Annual report of the Bengal Veterinary College and of the Civil Veterinary Department, Bengal, for the year 1899-1900 - 1899-1900
Year: 1899
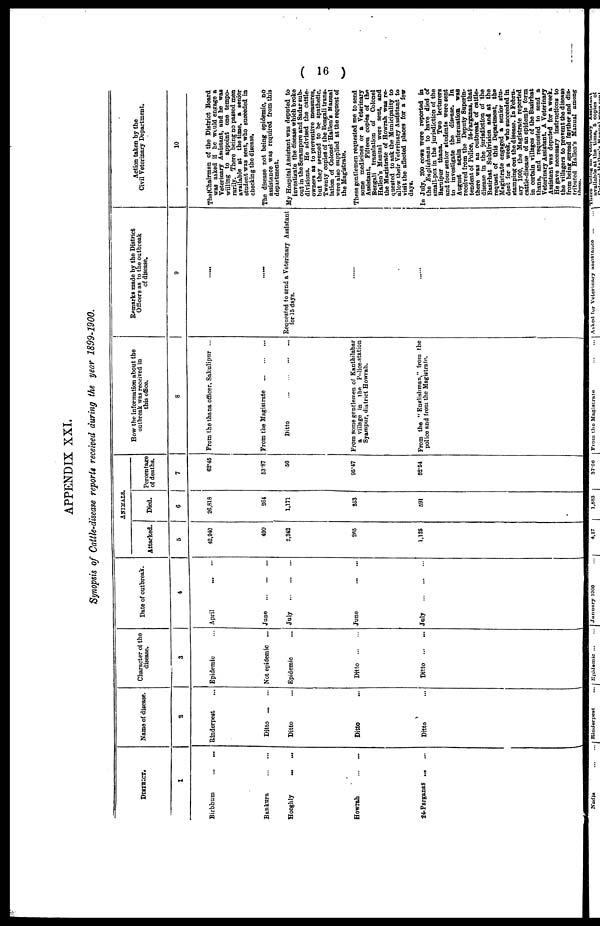
( 16 )
APPENDIX XXI.
Synopsis of Cattle-disease reports received during the year 1899-1900.
District.
1
Name of disease.
Character of the
disease.
Date of outbreak.
2
3
4
Animals.
Attacked.
5
Died.
6
Percentage
of deaths.
7
How the information about the
outbreak was received in
this office.
8
I
Remarks made by the District
Officers as to the outbreak
of disease.
9
l
Action taken by the
Civil Veterinary Department.
10
Birbhum ... ...
Rinderpest
...
Epidemic ...
April ... ...
42,940
26,818
62.45
From the thana officer, Sakulipur ...
The Chairman of the District Board
was asked if he would engage a
Veterinary Assistant, and he was
wiiling to appoint one tempo-
rarily. There being no passed men
available at the time, a senior
student was sent, who suceeded in
checking the disease,
Bankura ... ...
Hooghly ... ...
Howrah ... ...
24-Parganas ... ...
Ditto ... ...
Ditto ...
Ditto ...
Ditto ...
Not epidemic ...
Epidemic
...
Ditto ... ...
Ditto ... ...
June ... ... ...
July ... ... ...
June ... ...
July ... ... ...
490
2,342
265
1,125
264
1,171
253
591
53.87
50
95.47
52.64
From the Magistrate ... ... ...
Ditto ... ... ... ...
From some gentlemen of Kanthilabar
a village in the Police-station
Syampur, district Howrah.
From the "Englishman," from the
police and from the Magistrate.
......
Requested to send a Veterinary Assistant
for 15 days.
The disease not being epidemic, no
assistance was required from this
department.
My Hospital Assistant was deputed to
investigate the disease which broke
out in the Serampore and Sadar sub-
divisions. He advised the cattle-
owners as to preventive measures,
but they seemed to be apathetic.
Twenty copies of the Bengali trans-
lation of Colonel Hallen's Manual
were also supplied at the request of
the Magistrate.
These gentlemen requested roe to send
some medicines or a Veterinary
Assistant. Fifteen copies of the
Bengali translation of Colonel
Hallen's Manual were sent, and
the Magistrate of Howrah was re-
quested to ask the Municipality to
allow their Veterinary Assistant to
visit the affected places for a few
days.
In July, 200 cows were reported in
the Englishman to have died of
small-pox in the jurisdiction of the
Baruipur thana. Two lecturers
and four senior students were sent
to investigate the disease. In
August again information was
received from the Deputy Superin-
tendent of Police, 24-Parganas, that
there was an outbreak of cattle-
disease in the jurisdiction of the
Basirhat Subdivision and at the
request of this Department, the
Magistrate engaged a senior stu-
dent for a week, who succeeded in
stamping out the disease. In Febru-
ary 1900, the Magistrate reported
cattle-disease of an epidemic form
in certain villages of the Basirhat
thana, and requested to send a
Veterinary Assistant. A Veterinary
Assistant was deputed for a week.
He gave necessary instructions to
the villagers to prevent the disease
from being spread further and dis-
tributed Hallen's Manual among